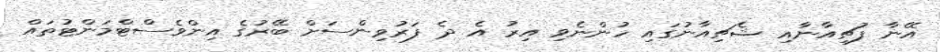
އޭނާ ފުޗިއާނާއި ޝެޗިއާނުގައި ހުންނެވި އިރު އެ ދެ ފަރުވިންސަށް ބޭރުގެ އިންވެސްޓްމަންޓުތައް